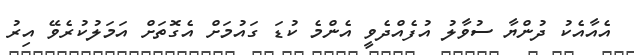
އެއާއެކު ދުންޔާ ސުވާލު އުފެއްދެވީ އެންމެ ކުޑަ ގައުމަށް އެގޮތަށް އަމަލުކުރެވޭ އިރު